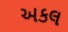
અકલ